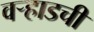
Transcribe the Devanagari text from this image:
वर्‍हाडची